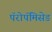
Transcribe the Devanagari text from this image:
पॅरोपॅमिसेड